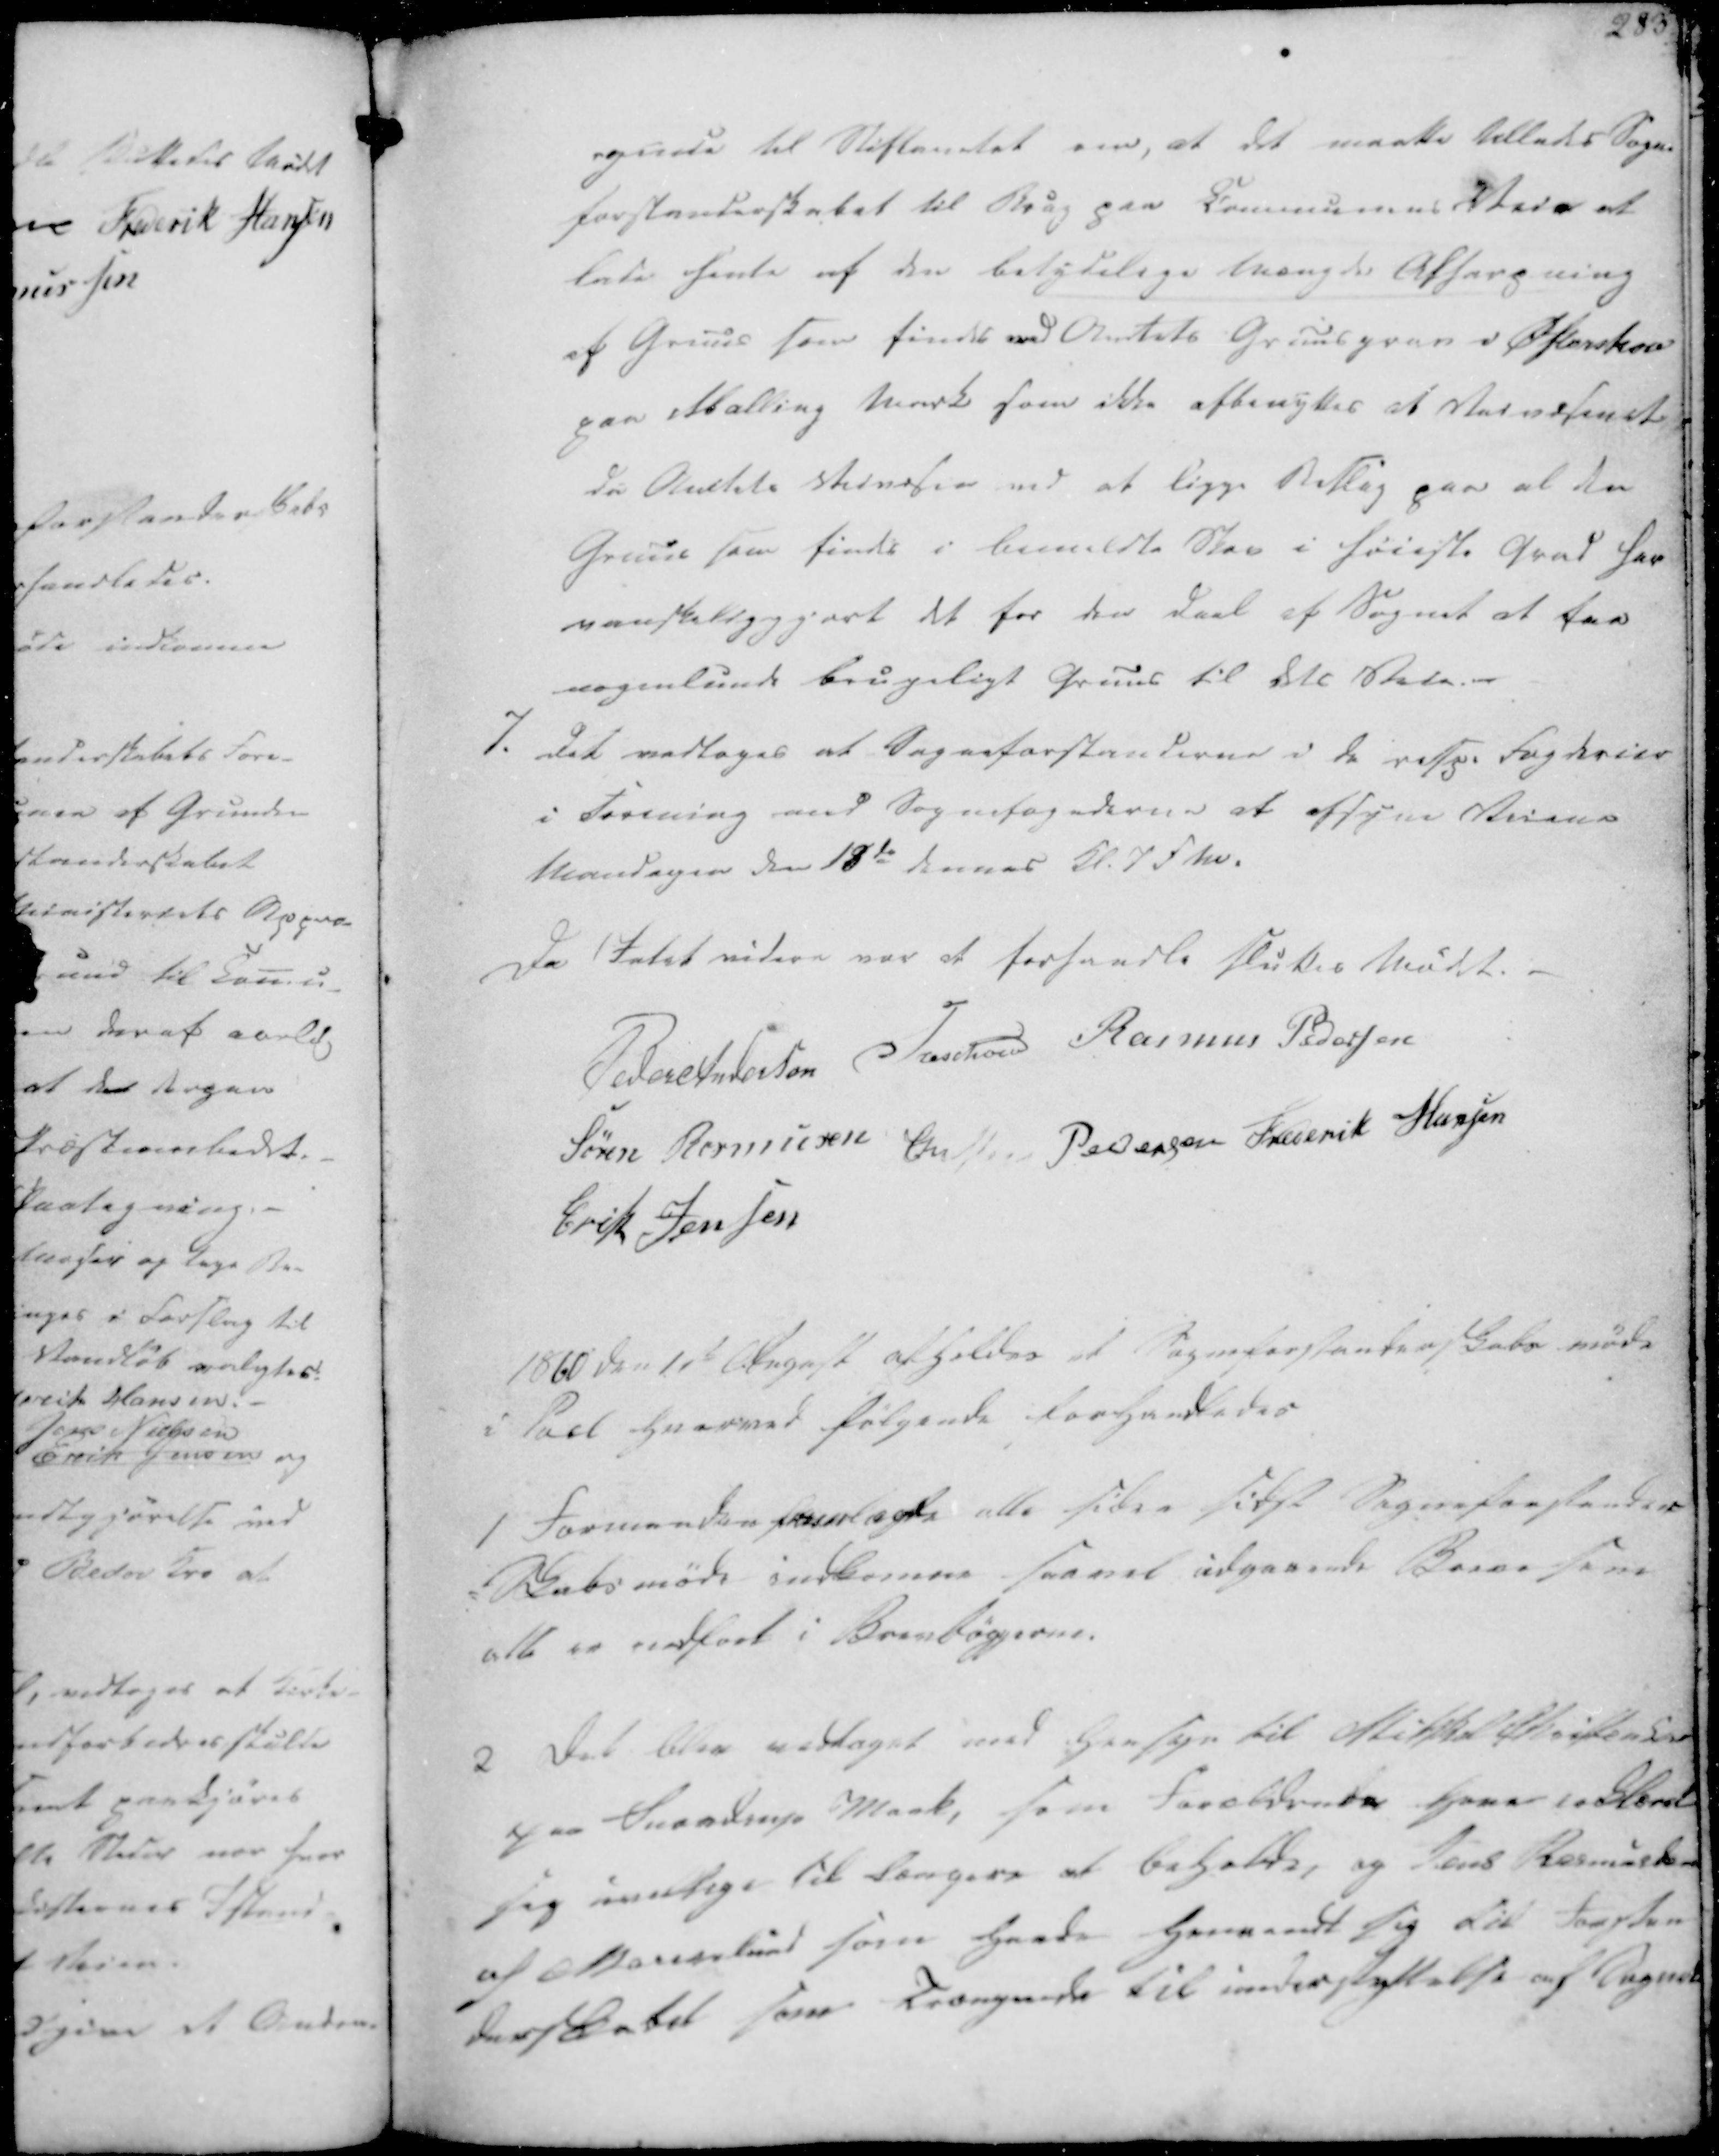
Transskription:
-gende til Stiftamtet om, at det maatte tillades Sogne
forstanderskabet til Brug paa Communens Veie at
lade hente af den betydelige Mængde Afhespning
af Gruus som findes ved Amtets Gruusgrav v Østerskov
paa Malling Mark som ikke afbenyttes af Veivæsenet
da Amtets Veivæsen ved at ligge Beslag paa al den
Gruus som findes i bemeldte Skov i høieste Grad har
vanskeliggjort det for den Deel af Sognet at faa
nogenlunde brugeligt Gruus til dets Skoler.-

7. Det vedtoges at Sogneforstanderne i de resp. Fogderier
i Forening med Sognefogederne at afsyne Veiene
Mandagen den 18de dennes Kl. 7 FM.

Da Intet videre var at forhandle sluttes Mødet.
Peder Andersen
Treschov
Rasmus Pedersen
Søren Rasmusen
Christen Pedersen
Frederik Hansen
Erik Jensen

1860 den 11te August afholdes et Sogneforstanderskabs møde
i Pøel hvorved følgende forhandledes

1 Formanden fremlagde alle siden sidst Sogneforstander-
-Skabsmøde indkomne, saavel udgaaende Breve som
alle er indført i Brevbøgerne.

2 Det blev vedtaget med Hensyn til Mikkel Christensen
paa Snovdrup Mark, som Forældrende have erklæret
sig umulige til længere at beholde, og Jens Rasmussen
af Marienlund som havde henvendt sig til Forstan
derskabet som Trængende til understyttelse af Sognet